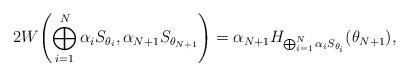
LaTeX: \begin{align*}2W\Biggl(\bigoplus_{i=1}^{N}\alpha_i S_{\theta_i}, \alpha_{N+1}S_{\theta_{N+1}}\Biggr)=\alpha_{N+1}H_{\bigoplus_{i=1}^{N} \alpha_i S_{\theta_i}}(\theta_{N+1}),\end{align*}